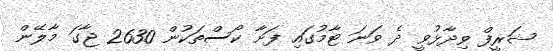
ޝަރީފް ވިދާޅުވީ ދެ ވަނަ ޓާމުގައި ފަށާ ކޯސްތަކުން 2630 ޖާގަ މާލޭން